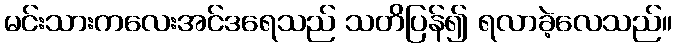
မင်းသားကလေးအင်ဒရေသည် သတိပြန်၍ ရလာခဲ့လေသည်။